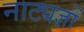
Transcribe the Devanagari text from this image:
नाट्यज्ञों